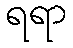
ရရာ